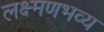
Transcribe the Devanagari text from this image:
लक्ष्मणभव्य